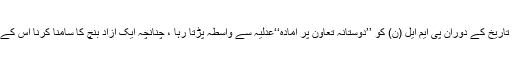
ناقدین کا کہنا ہے کہ اپنی طویل سیاسی تاریخ کے دوران پی ایم ایل (ن) کو ’’دوستانہ تعاون پر آمادہ‘‘عدلیہ سے واسطہ پڑتا رہا ، چنانچہ ایک آزاد بنچ کا سامنا کرنا اس کے رہنمائوں کے لئے ایک نیا تجربہ ہے ۔